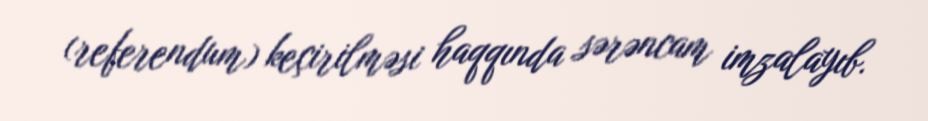
(referendum) keçirilməsi haqqında sərəncam imzalayıb.